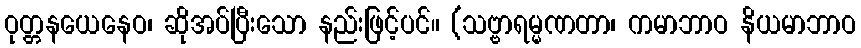
ဝုတ္တနယေနေဝ၊ ဆိုအပ်ပြီးသော နည်းဖြင့်ပင်။ (သဗ္ဗာရမ္မဏတာ၊ ကမာဘာဝ နိယမာဘာဝ